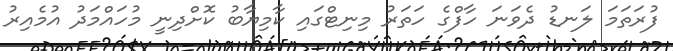
ފުރަތަމަ ލަނޑު ދެވަނަ ހާފްގެ ހަތަރު މިނިޓްގައި ކާމިޔާބު ކޮށްދިނީ މުހައްމަދު އުމެއިރު